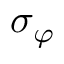
\sigma _ { \varphi }